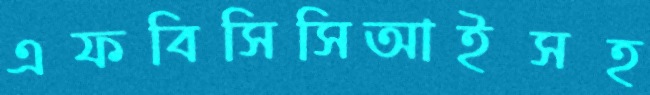
এফবিসিসিআইসহ